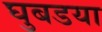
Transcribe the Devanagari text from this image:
घुबडया